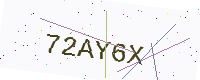
Text: 72AY6X